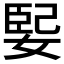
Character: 𫱃